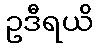
ဥဒီရယိ